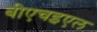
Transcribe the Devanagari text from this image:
बीएचइएल